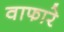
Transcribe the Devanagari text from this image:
वाफारे